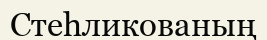
Стеһликованың